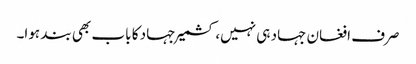
صرف افغان جہاد ہی نہیں، کشمیر جہاد کا باب بھی بند ہوا۔